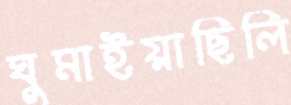
ঘুমাইয়াছিলি